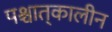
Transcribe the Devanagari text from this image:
पश्चात्‌कालीन